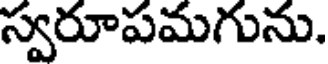
స్వరూపమగును.